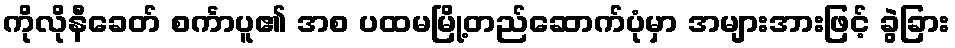
ကိုလိုနီခေတ် စင်္ကာပူ၏ အစ ပထမမြို့တည်ဆောက်ပုံမှာ အများအားဖြင့် ခွဲခြား